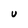
Character: u